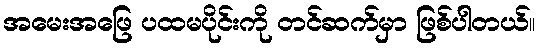
အမေးအဖြေ ပထမပိုင်းကို တင်ဆက်မှာ ဖြစ်ပါတယ်။